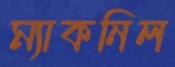
ম্যাকনিল